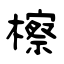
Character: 檫